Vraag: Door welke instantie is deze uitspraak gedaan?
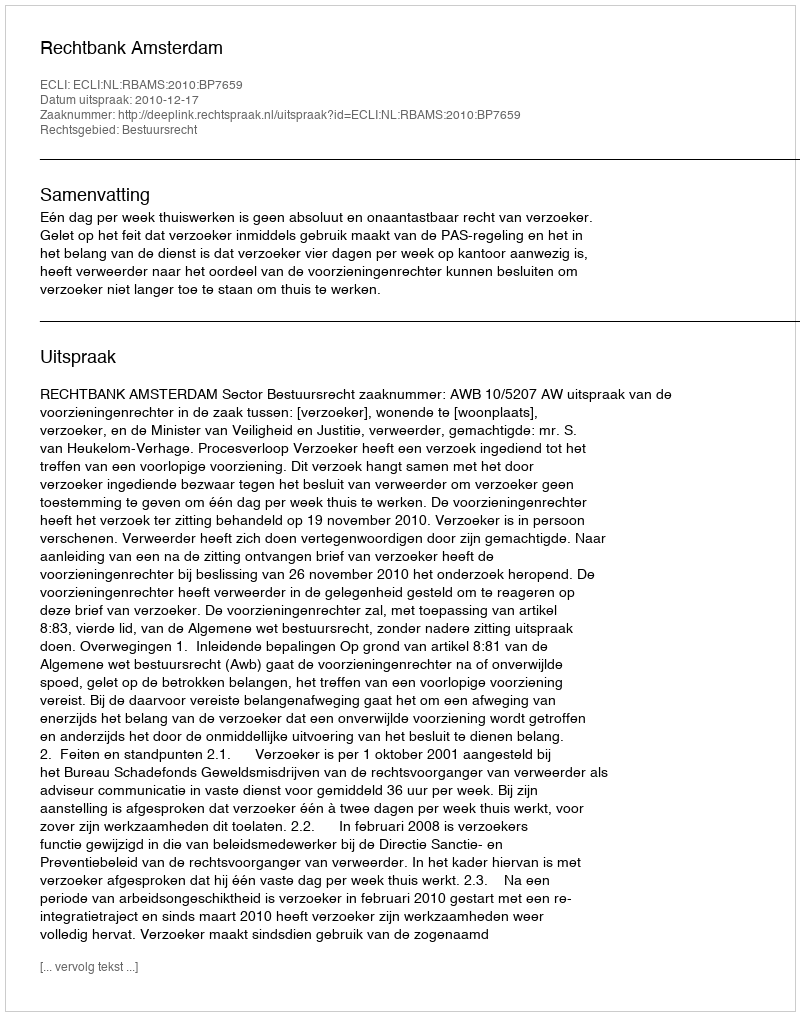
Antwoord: Rechtbank Amsterdam